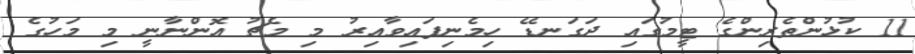
11 ކުޅުންތެރިންގެ ޓީމުގައި ދަގަނޑޭ ހިމެނިފައިވާއިރު މި މެޗު އޮންނާނީ މި މަހުގެ